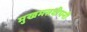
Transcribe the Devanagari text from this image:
मुखमत्तदीपनी